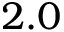
2 . 0